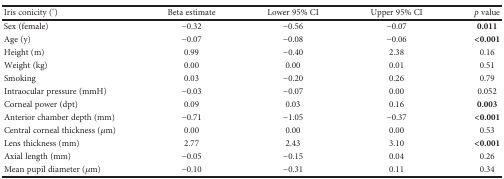
<table><thead><tr><td><b>Iris conicity (°)</b></td><td><b>Beta estimate</b></td><td><b>Lower 95% CI</b></td><td><b>Upper 95% CI</b></td><td><b><i>p</i> value</b></td></tr></thead><tbody><tr><td>Sex (female)</td><td>−0.32</td><td>−0.56</td><td>−0.07</td><td><b>0.011</b></td></tr><tr><td>Age (y)</td><td>−0.07</td><td>−0.08</td><td>−0.06</td><td><b>&lt;0.001</b></td></tr><tr><td>Height (m)</td><td>0.99</td><td>−0.40</td><td>2.38</td><td>0.16</td></tr><tr><td>Weight (kg)</td><td>0.00</td><td>0.00</td><td>0.01</td><td>0.51</td></tr><tr><td>Smoking</td><td>0.03</td><td>−0.20</td><td>0.26</td><td>0.79</td></tr><tr><td>Intraocular pressure (mmH)</td><td>−0.03</td><td>−0.07</td><td>0.00</td><td>0.052</td></tr><tr><td>Corneal power (dpt)</td><td>0.09</td><td>0.03</td><td>0.16</td><td><b>0.003</b></td></tr><tr><td>Anterior chamber depth (mm)</td><td>−0.71</td><td>−1.05</td><td>−0.37</td><td><b>&lt;0.001</b></td></tr><tr><td>Central corneal thickness (<i>μ</i>m)</td><td>0.00</td><td>0.00</td><td>0.00</td><td>0.53</td></tr><tr><td>Lens thickness (mm)</td><td>2.77</td><td>2.43</td><td>3.10</td><td><b>&lt;0.001</b></td></tr><tr><td>Axial length (mm)</td><td>−0.05</td><td>−0.15</td><td>0.04</td><td>0.26</td></tr><tr><td>Mean pupil diameter (<i>μ</i>m)</td><td>−0.10</td><td>−0.31</td><td>0.11</td><td>0.34</td></tr></tbody></table>